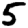
Digit: 5